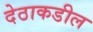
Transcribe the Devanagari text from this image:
देठाकडील